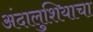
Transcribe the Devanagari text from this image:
अंदालुशियाचा